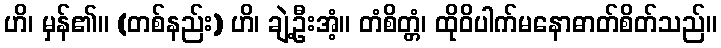
ဟိ၊ မှန်၏။ (တစ်နည်း) ဟိ၊ ချဲ့ဦးအံ့။ တံစိတ္တံ၊ ထိုဝိပါက်မနောဓာတ်စိတ်သည်။